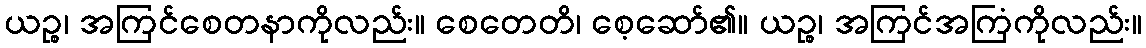
ယဉ္စ၊ အကြင်စေတနာကိုလည်း။ စေတေတိ၊ စေ့ဆော်၏။ ယဉ္စ၊ အကြင်အကြံကိုလည်း။